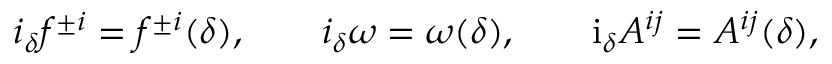
i _ { \delta } f ^ { \pm i } = f ^ { \pm i } ( \delta ) , \qquad i _ { \delta } \omega = \omega ( \delta ) , \qquad \mathrm { i } _ { \delta } A ^ { i j } = A ^ { i j } ( \delta ) ,